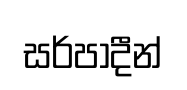
සර්පාදීන්